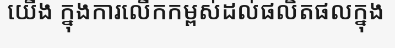
យើង ក្នុងការលើកកម្ពស់ដល់ផលិតផលក្នុង